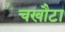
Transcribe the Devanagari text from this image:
चखौटा